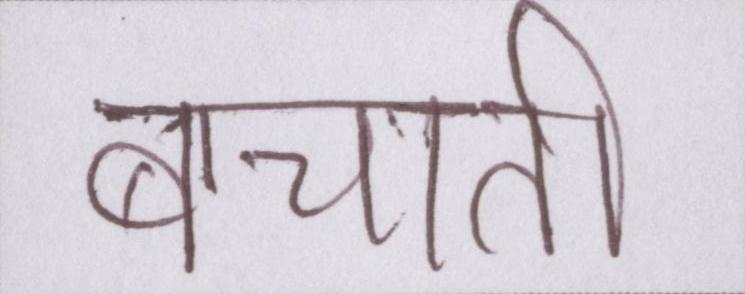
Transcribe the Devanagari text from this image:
बचाती